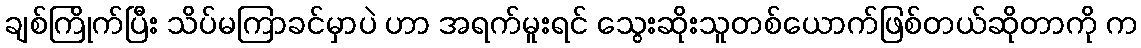
ချစ်ကြိုက်ပြီး သိပ်မကြာခင်မှာပဲ ဟာ အရက်မူးရင် သွေးဆိုးသူတစ်ယောက်ဖြစ်တယ်ဆိုတာကို က